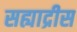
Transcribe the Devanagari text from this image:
सह्याद्रीस